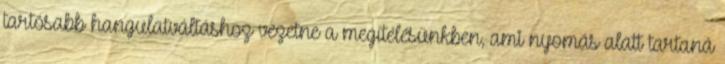
tartósabb hangulatváltáshoz vezetne a megítélésünkben, ami nyomás alatt tartaná